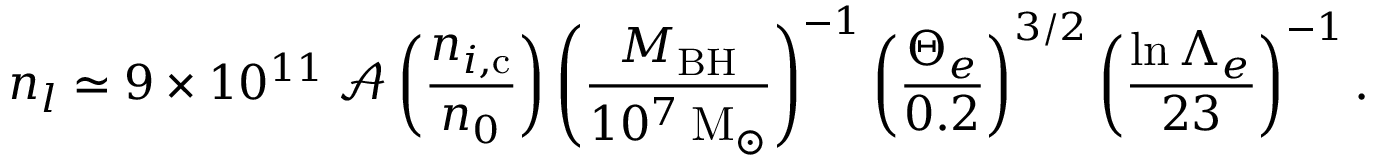
n _ { l } \simeq 9 \times 1 0 ^ { 1 1 } \: \mathcal { A } \left( \frac { n _ { i , \mathrm { c } } } { n _ { 0 } } \right) \left( \frac { M _ { \mathrm { B H } } } { 1 0 ^ { 7 } \: \mathrm { M } _ { \odot } } \right) ^ { - 1 } \left( \frac { \Theta _ { e } } { 0 . 2 } \right) ^ { 3 / 2 } \left( \frac { \ln { \Lambda _ { e } } } { 2 3 } \right) ^ { - 1 } .